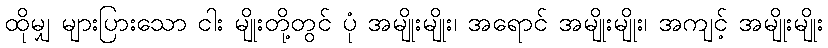
ထိုမျှ များပြားသော ငါး မျိုးတို့တွင် ပုံ အမျိုးမျိုး၊ အရောင် အမျိုးမျိုး၊ အကျင့် အမျိုးမျိုး